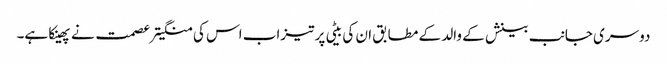
دوسری جانب بینش کے والد کے مطابق ان کی بیٹی پر تیزاب اس کی منگیتر عصمت نے پھینکا ہے۔